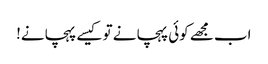
اب مجھے کوئی پہچانے تو کیسے پہچانے!